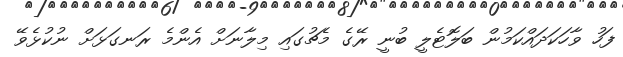
ފަހު ވާހަކަދައްކަމުން ބަލޮޓެލީ ބުނީ ރޭގެ މެޗުގައި މިލާނަށް އެންމެ ރަނގަޅަށް ނުކުޅެވޭ